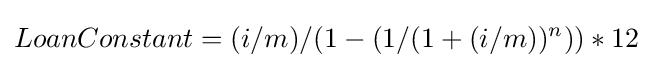
LoanConstant=(i/m)/(1-(1/(1+(i/m))^{n}))*12